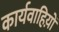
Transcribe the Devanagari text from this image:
कार्यवाहिय़ों